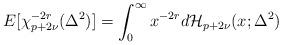
LaTeX: \begin{align*}E[\chi^{-2r}_{p+2\nu}(\Delta^2)] = \int_0^{\infty} x^{-2r} d\mathcal{H}_{p+2\nu}(x;\Delta^2)\end{align*}